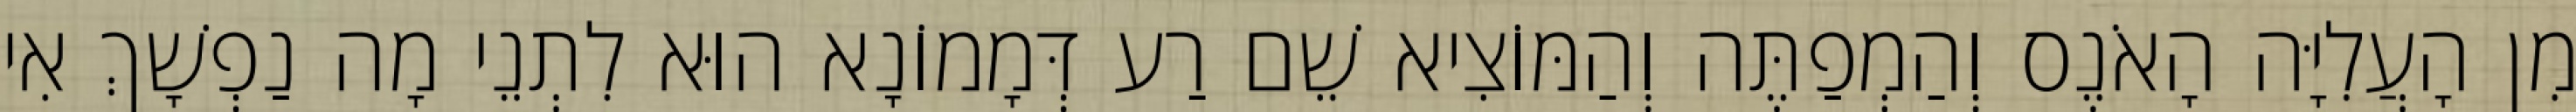
מִן הָעֲלִיָּה הָאֹנֶס וְהַמְפַתֶּה וְהַמּוֹצִיא שֵׁם רַע דְּמָמוֹנָא הוּא לִתְנֵי מָה נַפְשָׁךְ אִי